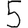
Digit: 5